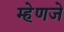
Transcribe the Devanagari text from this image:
म्हेणजे